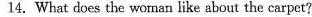
14. What does the wornan like about the carpet?